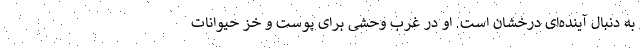
به دنبال آینده‌ای درخشان است. او در غرب وحشی برای پوست و خز حیوانات